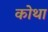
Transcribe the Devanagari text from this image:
कोथा